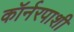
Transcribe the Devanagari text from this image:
कॉर्नरपाशी